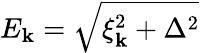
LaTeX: E_{\mathbf k}=\sqrt{\xi_{\mathbf k}^{2}+\Delta^{2}}